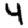
Digit: 4